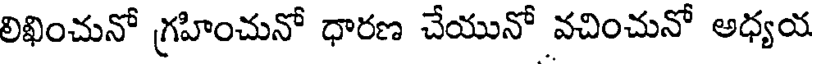
లిఖించునో గ్రహించునో ధారణ చేయునో వచించునో అధ్యయ